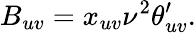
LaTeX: B_{uv}=x_{uv}\nu^{2}\theta_{uv}^{\prime}.